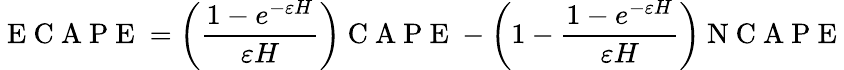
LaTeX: \mathrm{~E~C~A~P~E~}=\left(\frac{1-e^{-\varepsilon H}}{\varepsilon H}\right)\mathrm{~C~A~P~E~}-\left(1-\frac{1-e^{-\varepsilon H}}{\varepsilon H}\right)\mathrm{~N~C~A~P~E~}